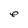
Character: e